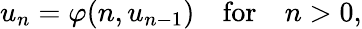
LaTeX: u_{n}=\varphi(n,u_{n-1})\quad{\mathrm{for}}\quad n>0,